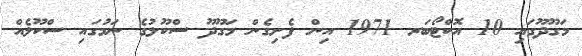
މަގޫދޫގައި 10 އޮކްޓޯބަރ 1971 އިން ފެށިގެން މަގޫދޫ ސްކޫލުގެ ނަމުގައި ސްކޫލެއް